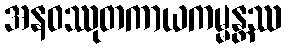
အနဝဿုတကာယကမ္မန္တဿ